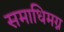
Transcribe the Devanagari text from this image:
समाधिमग्न